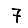
Digit: 7